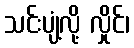
သင်းပျံ့လို့ လှိုင်၊